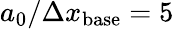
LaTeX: a_{0}/\Delta x_{\mathrm{base}}=5